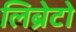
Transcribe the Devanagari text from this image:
लिब्रेटो